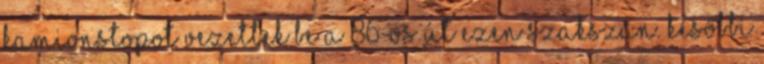
kamionstopot vezettek be a 86-os út ezen szakszán. Későbbi